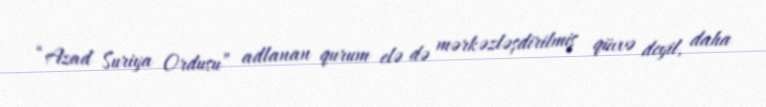
“Azad Suriya Ordusu” adlanan qurum elə də mərkəzləşdirilmiş qüvvə deyil, daha